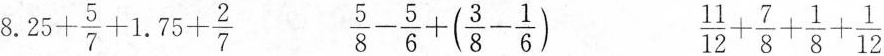
$$8.25+ \frac{5}{7}+1.75+ \frac{2}{7}$$